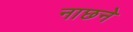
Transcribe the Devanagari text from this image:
नाछने